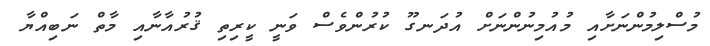
މުސްލިމުންނަށާއި މުއުމިނުންނަށް އުދަނގޫ ކުރުންވެސް ވަނީ ކީރިތި ޤުރުއާނާއި މާތް ނަބިއްޔާ